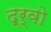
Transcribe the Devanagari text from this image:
द्र्वो